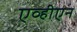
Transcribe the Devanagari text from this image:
एव्हीएन